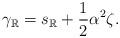
LaTeX: \begin{align*}\gamma_\mathbb{R}=s_\mathbb{R}+\frac{1}{2}\alpha^2\zeta.\end{align*}